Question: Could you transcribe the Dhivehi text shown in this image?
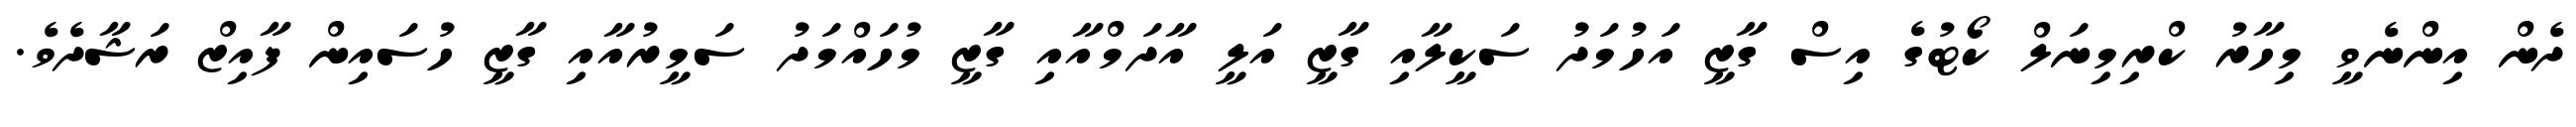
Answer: ދެން އިންނެވީ މިހާރު ކްރިމިނަލް ކޯޓުގެ އިސް ގާޒީ އަހުމަދު ސަކީލާއި ގާޒީ އަލީ އާދަމްއާއި ގާޒީ މުހައްމަދު ސަމީރުއާއި ގާޒީ ހުސައިން ފާއިޒް ރަޝާދެވެ.